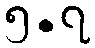
၅.၇